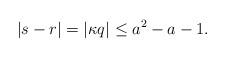
LaTeX: \begin{align*}| s-r|= | \kappa q| \leq a^2-a-1.\end{align*}